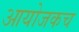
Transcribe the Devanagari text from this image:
आयोजकच